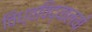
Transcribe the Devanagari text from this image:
विध्वविद्यालयों